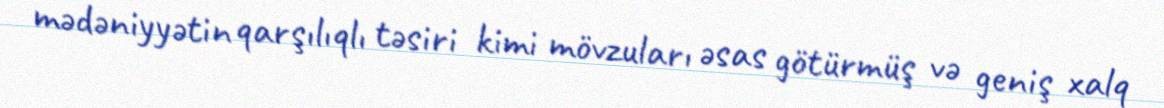
mədəniyyətin qarşılıqlı təsiri kimi mövzuları əsas götürmüş və geniş xalq